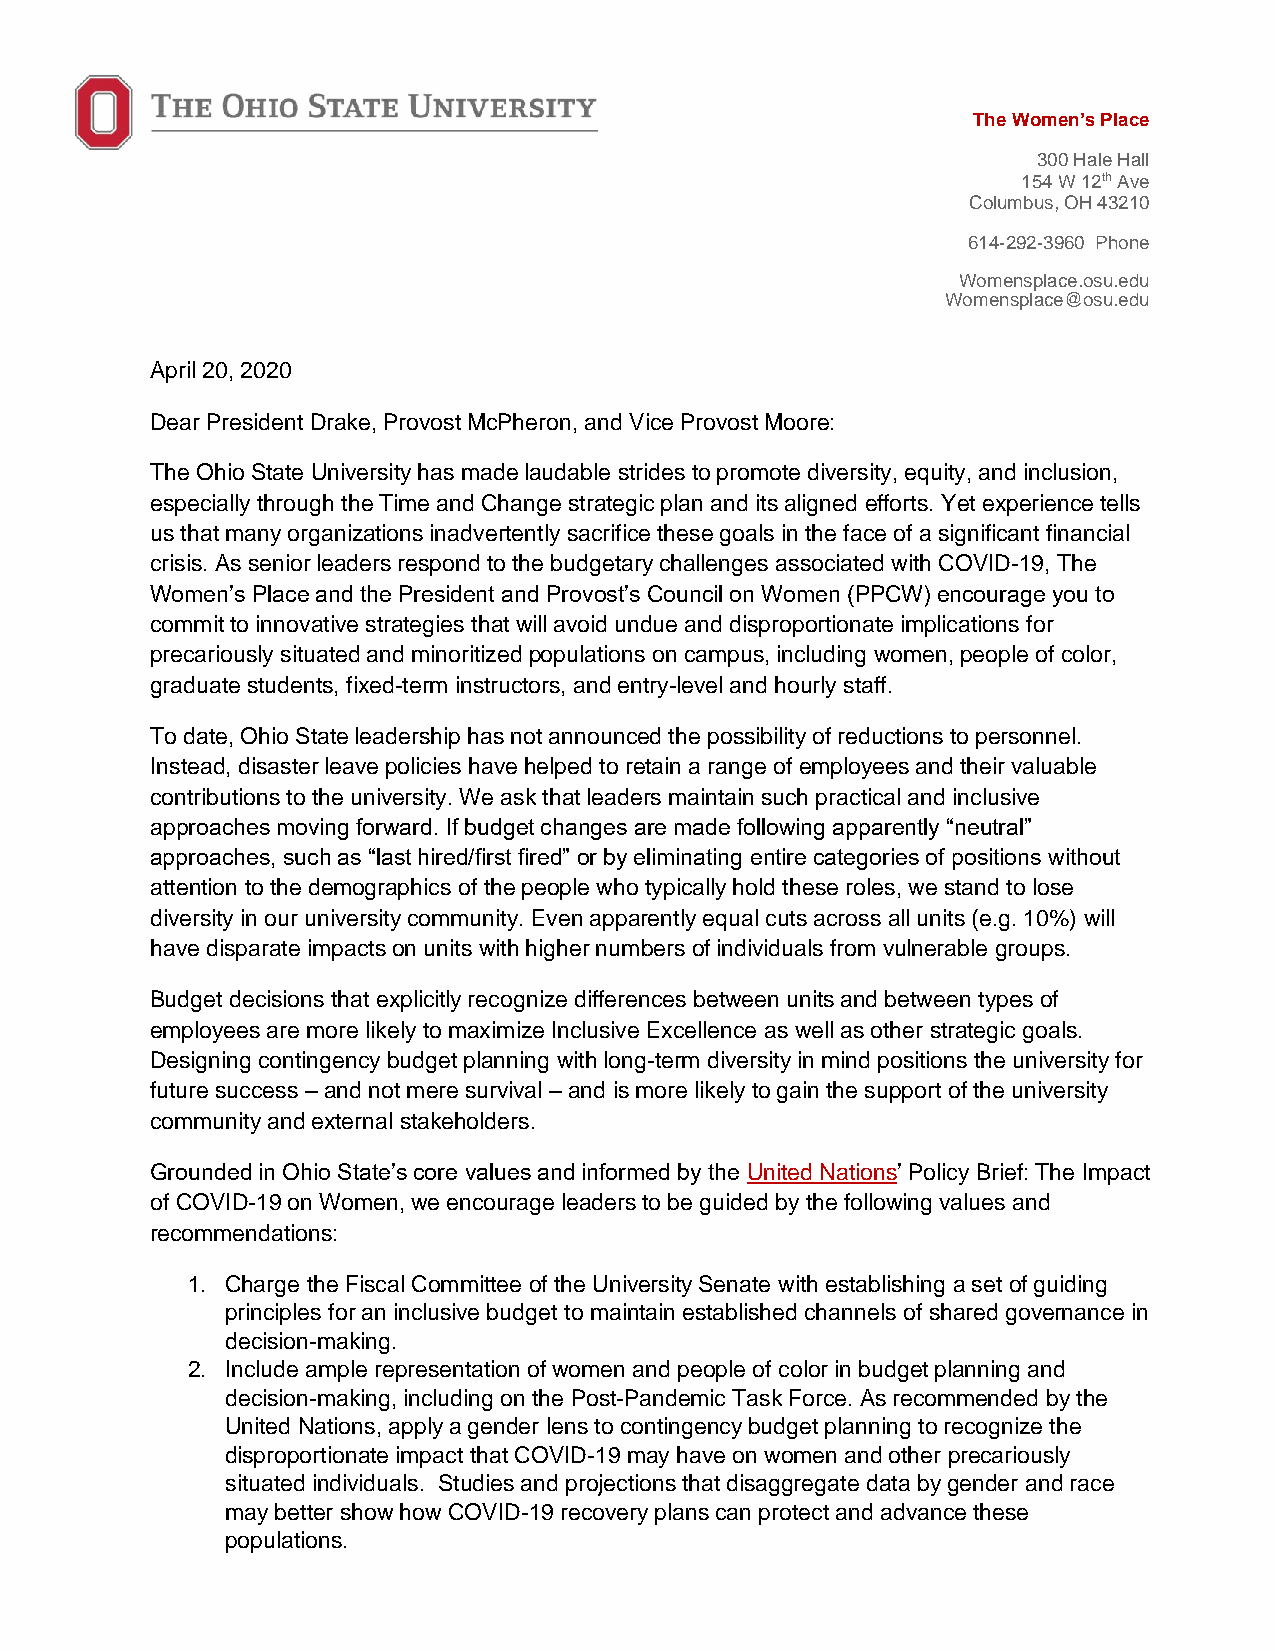
The Women’s Place
 300 Hale Hall
 154 W 12th Ave
 Columbus, OH 43210
 614-292-3960 Phone
 Womensplace.osu.edu
 Womensplace@osu.edu
 April 20, 2020
 Dear President Drake, Provost McPheron, and Vice Provost Moore:
 The Ohio State University has made laudable strides to promote diversity, equity, and inclusion,
 especially through the Time and Change strategic plan and its aligned efforts. Yet experience tells
 us that many organizations inadvertently sacrifice these goals in the face of a significant financial
 crisis. As senior leaders respond to the budgetary challenges associated with COVID-19, The
 Women’s Place and the President and Provost’s Council on Women (PPCW) encourage you to
 commit to innovative strategies that will avoid undue and disproportionate implications for
 precariously situated and minoritized populations on campus, including women, people of color,
 graduate students, fixed-term instructors, and entry-level and hourly staff.
 To date, Ohio State leadership has not announced the possibility of reductions to personnel.
 Instead, disaster leave policies have helped to retain a range of employees and their valuable
 contributions to the university. We ask that leaders maintain such practical and inclusive
 approaches moving forward. If budget changes are made following apparently “neutral”
 approaches, such as “last hired/first fired” or by eliminating entire categories of positions without
 attention to the demographics of the people who typically hold these roles, we stand to lose
 diversity in our university community. Even apparently equal cuts across all units (e.g. 10%) will
 have disparate impacts on units with higher numbers of individuals from vulnerable groups.
 Budget decisions that explicitly recognize differences between units and between types of
 employees are more likely to maximize Inclusive Excellence as well as other strategic goals.
 Designing contingency budget planning with long-term diversity in mind positions the university for
 future success – and not mere survival – and is more likely to gain the support of the university
 community and external stakeholders.
 Grounded in Ohio State’s core values and informed by the United Nations’ Policy Brief: The Impact
 of COVID-19 on Women, we encourage leaders to be guided by the following values and
 recommendations:
 1. Charge the Fiscal Committee of the University Senate with establishing a set of guiding
 principles for an inclusive budget to maintain established channels of shared governance in
 decision-making.
 2. Include ample representation of women and people of color in budget planning and
 decision-making, including on the Post-Pandemic Task Force. As recommended by the
 United Nations, apply a gender lens to contingency budget planning to recognize the
 disproportionate impact that COVID-19 may have on women and other precariously
 situated individuals. Studies and projections that disaggregate data by gender and race
 may better show how COVID-19 recovery plans can protect and advance these
 populations.